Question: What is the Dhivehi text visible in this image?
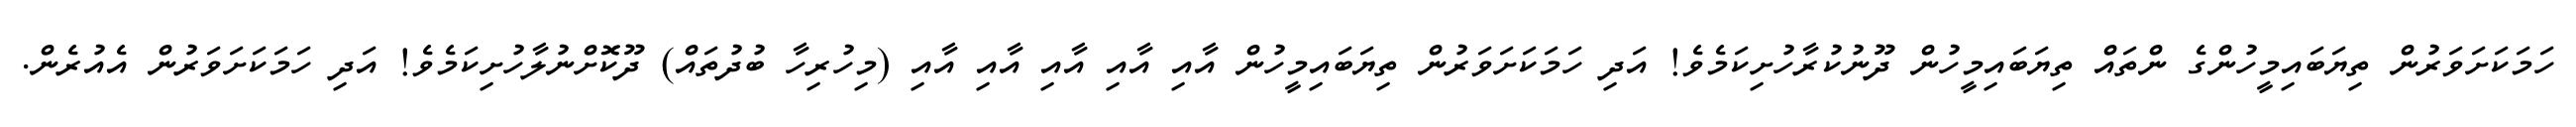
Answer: ހަމަކަށަވަރުން ތިޔަބައިމީހުންގެ ންތައް ތިޔަބައިމީހުން ދޫނުކުރާހުށިކަމެވެ! އަދި ހަމަކަށަވަރުން ތިޔަބައިމީހުން އާއި އާއި އާއި އާއި އާއި (މިހުރިހާ ބުދުތައް) ދޫކޮށްނުލާހުށިކަމެވެ! އަދި ހަމަކަށަވަރުން އެއުރެން.